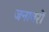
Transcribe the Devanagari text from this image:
जनावरों